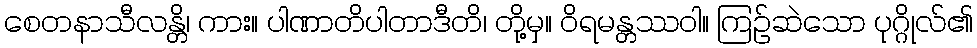
စေတနာသီလန္တိ၊ ကား။ ပါဏာတိပါတာဒီတိ၊ တို့မှ။ ဝိရမန္တဿဝါ။ ကြဉ်ဆဲသော ပုဂ္ဂိုလ်၏